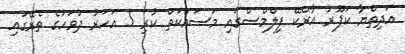
އަދިތްޔާ ކަޕޫރު އާރްކޭ ފިލްމްސްގައި މަސައްކަތް ކުރި 5 އަހަރު ދުވަހުގެ ތެރޭގައި